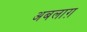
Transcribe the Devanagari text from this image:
अबलाग़